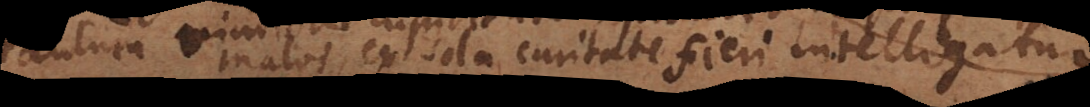
contra malos ex sola caritate fieri intelligatur.